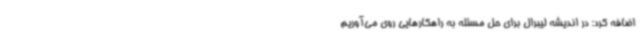
اضافه کرد: در اندیشه لیبرال برای حل مسئله به راهکارهایی روی می‌آوریم